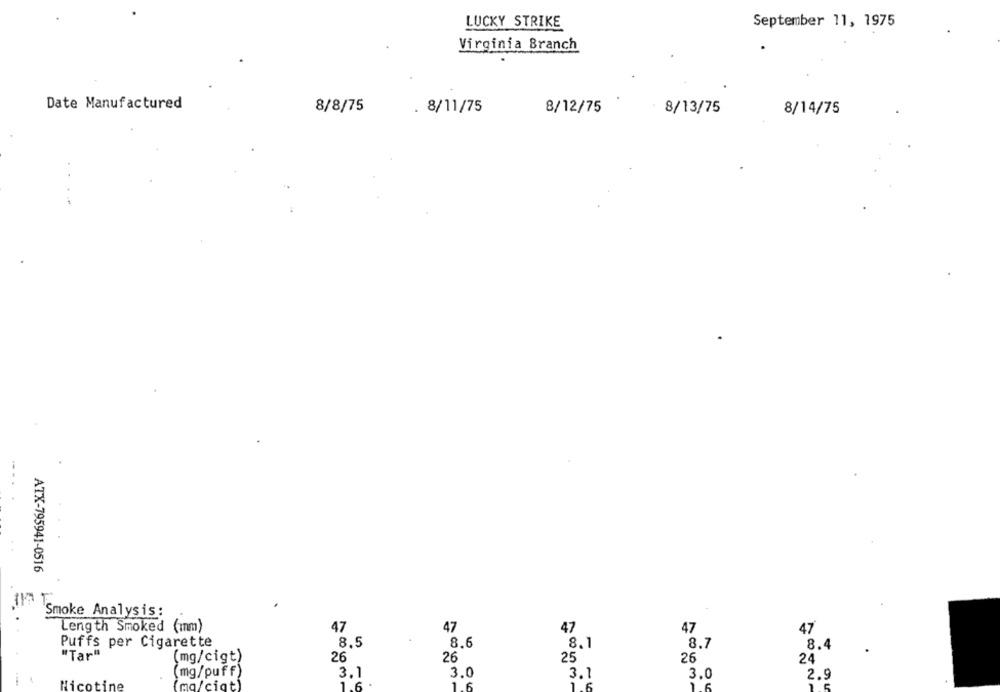
LUCKY STRIKE
September 11, 1975
Virginia Branch
Date Manufactured
8/8/75
. 8/11/75
8/12/75
8/13/75
8/14/75
...
ATX-795941-0516
Smoke Analysis:
Length Smoked (mm)
47
47
47
47
47
Puffs per Cigarette
8,5
8.6
8.1
8.7
8.4
"Tar"
(mg/cigt)
26
26
25
26
24
(mg/puff)
3.1
3.0
3.1
3.0
2.9
icotine
(ma/ciat)
1.6
1.6
1
.6
6
1